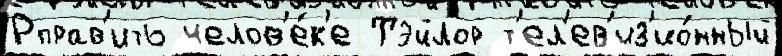
Рправ'ить челов'е́к'е Тэйлор т'ел'ев'из'ио́нный